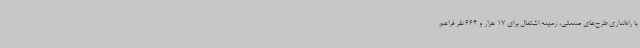
با راه‌اندازی طرح‌های صنعتی، زمینه اشتغال برای 17 هزار و 664 نفر فراهم